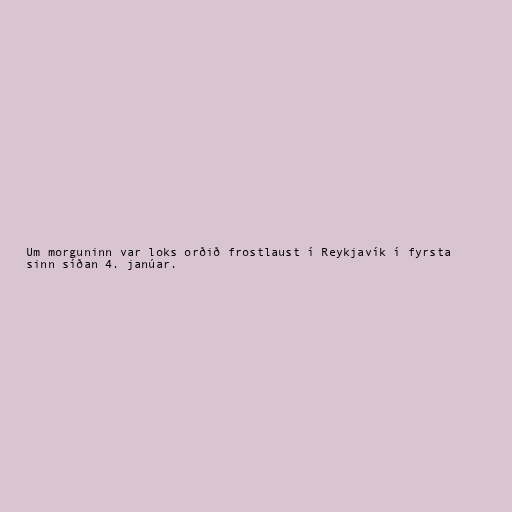
Um morguninn var loks orðið frostlaust í Reykjavík í fyrsta
sinn síðan 4. janúar.